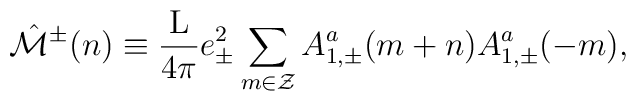
\hat{\cal M}^{\pm}(n) \equiv \frac{\rm L}{4\pi} e_{\pm}^2\sum_{m \in \cal Z} A_{1,\pm}^a(m+n) A_{1,\pm}^a(-m),